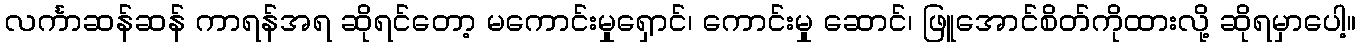
လင်္ကာဆန်ဆန် ကာရန်အရ ဆိုရင်တော့ မကောင်းမှုရှောင်၊ ကောင်းမှု ဆောင်၊ ဖြူအောင်စိတ်ကိုထားလို့ ဆိုရမှာပေါ့။